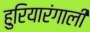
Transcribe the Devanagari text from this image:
हुरियारंगाली